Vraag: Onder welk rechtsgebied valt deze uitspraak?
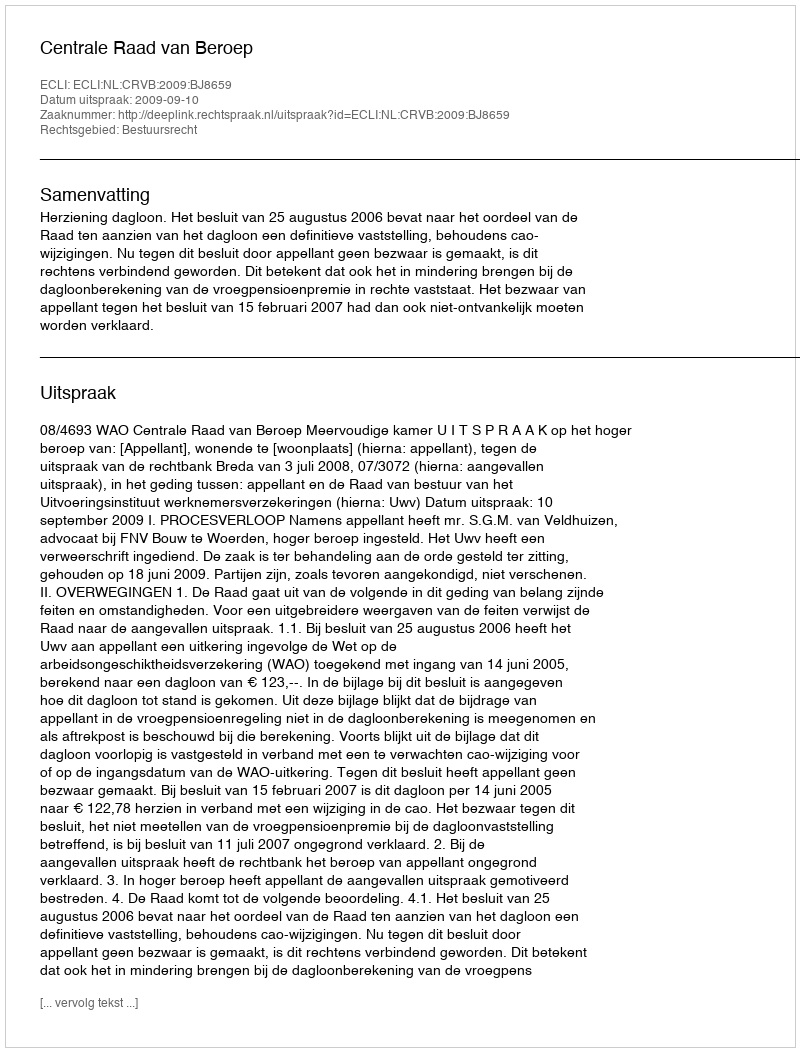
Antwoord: Bestuursrecht